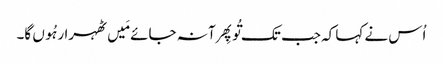
اُس نے کہا کہ جب تک تُو پِھر آ نہ جائے مَیں ٹھہرا رہُوں گا۔